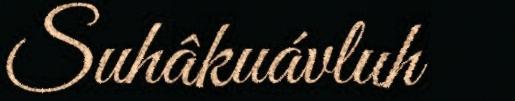
Suhâkuávluh